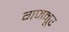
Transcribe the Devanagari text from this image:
गजनूर